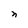
Character: n